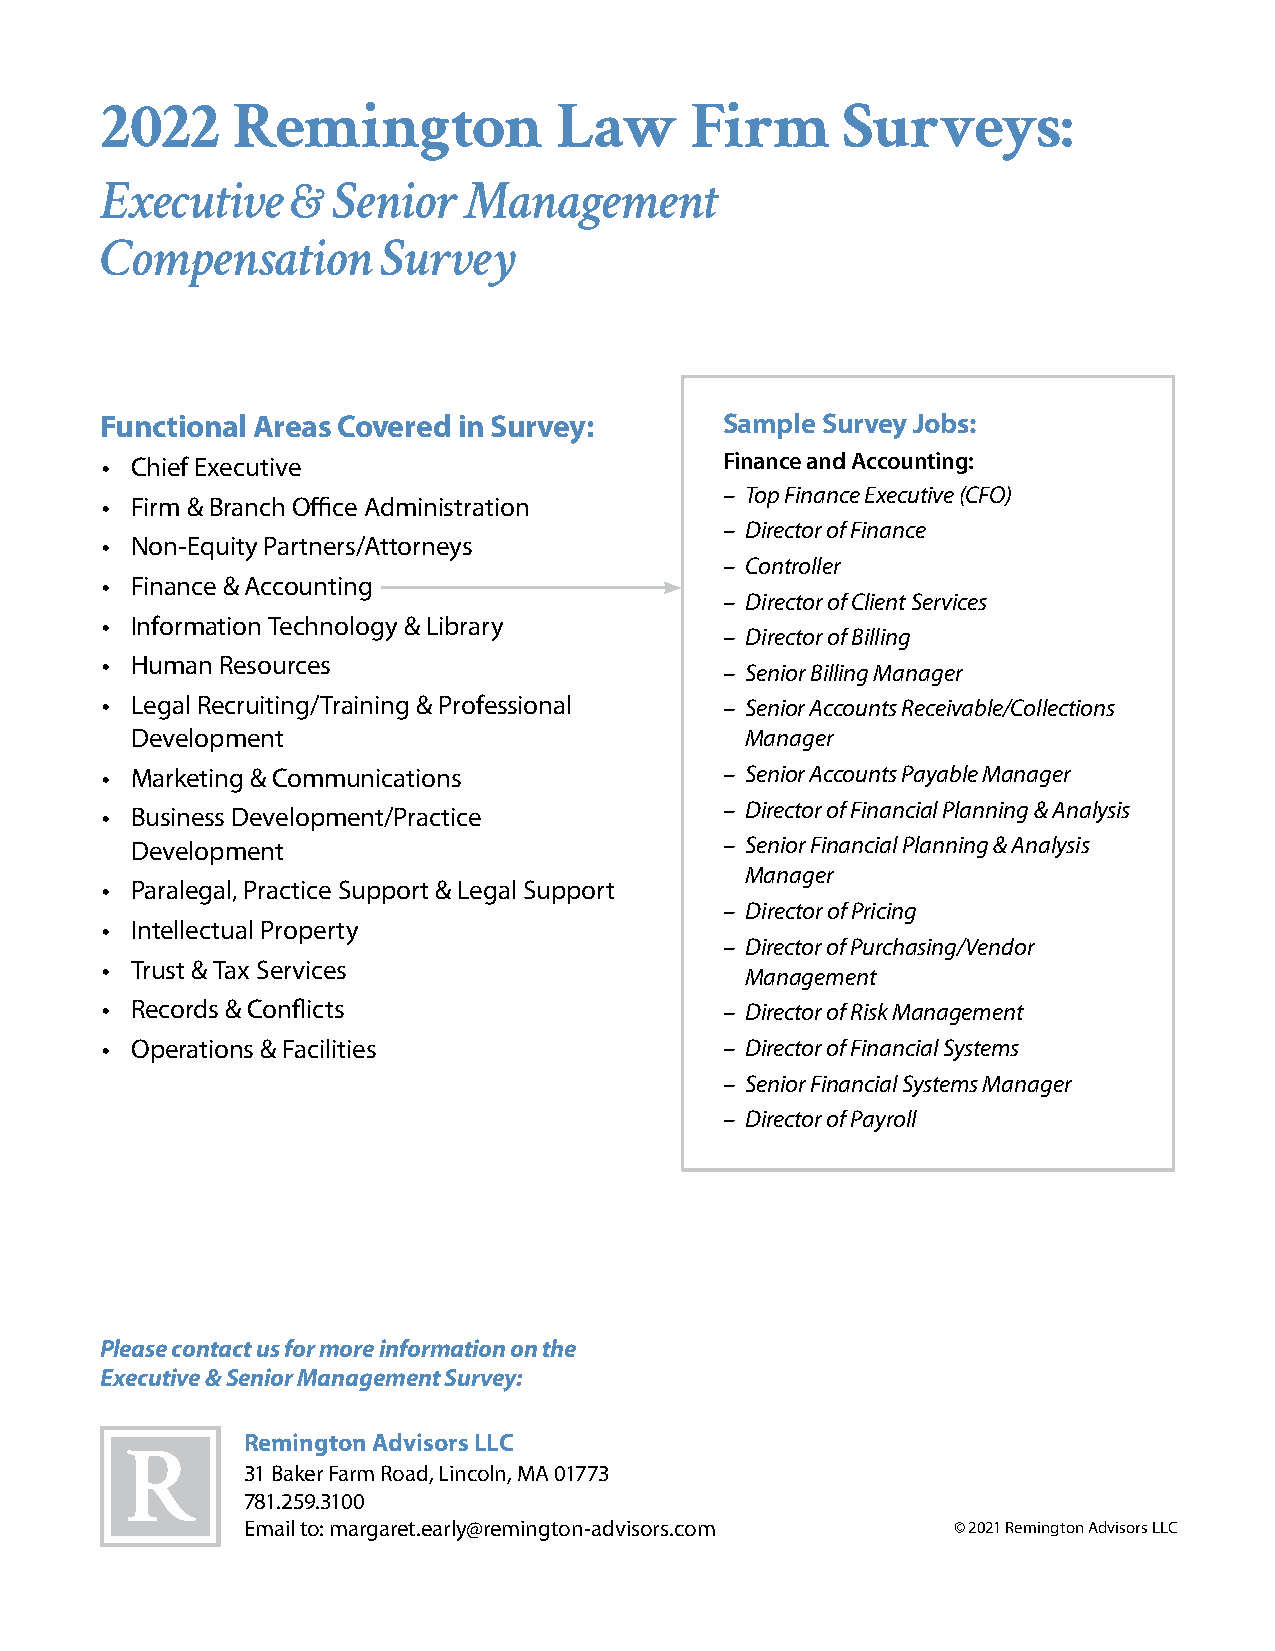
2022    Remington             Law      Firm      Surveys:
 Executive   &  Senior   Management
 Compensation      Survey
 Functional Areas Covered in Survey:      Sample Survey Jobs:
 • Chief Executive                        Finance and Accounting:
 – Top Finance Executive (CFO)
 • Firm & Branch Office Administration
 – Director of Finance
 • Non-Equity Partners/Attorneys
 – Controller
 • Finance & Accounting
 – Director of Client Services
 • Information Technology & Library
 – Director of Billing
 • Human Resources
 – Senior Billing Manager
 • Legal Recruiting/Training & Professional – Senior Accounts Receivable/Collections
 Development                             Manager
 • Marketing & Communications             – Senior Accounts Payable Manager
 – Director of Financial Planning & Analysis
 • Business Development/Practice
 Development                            – Senior Financial Planning & Analysis
 Manager
 • Paralegal, Practice Support & Legal Support
 – Director of Pricing
 • Intellectual Property
 – Director of Purchasing/Vendor
 • Trust & Tax Services
 Management
 • Records & Conflicts                    – Director of Risk Management
 • Operations & Facilities                – Director of Financial Systems
 – Senior Financial Systems Manager
 – Director of Payroll
 Please contact us for more information on the
 Executive & Senior Management Survey:
 Remington Advisors LLC
 31 Baker Farm Road, Lincoln, MA 01773
 781.259.3100
 Email to: margaret.early@remington-advisors.com © 2021 Remington Advisors LLC